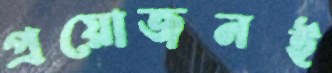
প্রয়োজনই